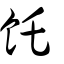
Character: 飥